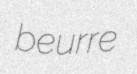
beurre